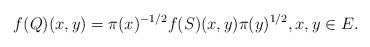
LaTeX: \begin{align*}f(Q)(x,y)=\pi(x)^{-1/2} f(S)(x,y)\pi(y)^{1/2},x,y\in E.\end{align*}